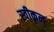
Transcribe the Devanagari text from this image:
स्वीकृन